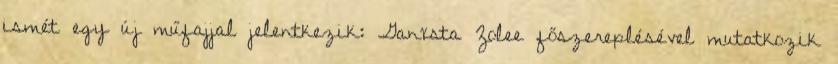
ismét egy új műfajjal jelentkezik: Ganxsta Zolee főszereplésével mutatkozik